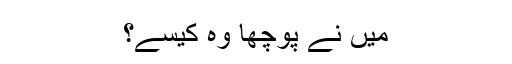
میں نے پوچھا وہ کیسے؟